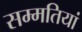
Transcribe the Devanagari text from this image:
सम्मतियां